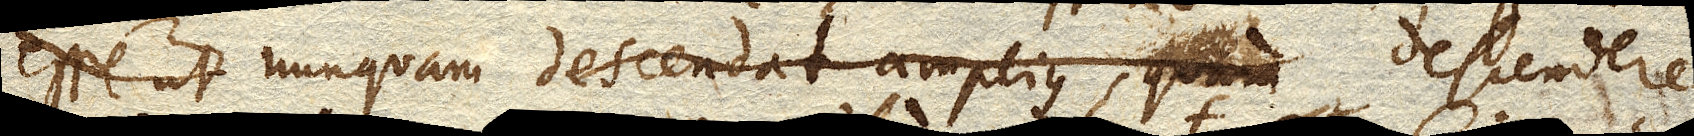
esse ut nunquam descendere